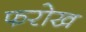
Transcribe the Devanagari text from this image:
फरोख